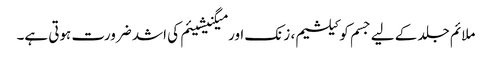
ملائم جلد کے لیے جسم کو کیلشیم، زنک اور میگنیشیئم کی اشد ضرورت ہوتی ہے۔